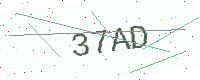
Text: 37AD